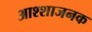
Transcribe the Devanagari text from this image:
आश्शाजनक